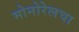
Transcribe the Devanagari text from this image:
मोनोरेलचा